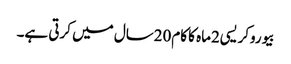
بیوروکریسی2ماہ کا کام20سال میں کرتی ہے۔